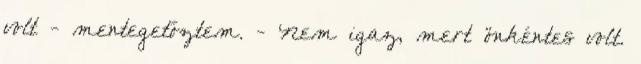
volt - mentegetőztem. - Nem igaz, mert önkéntes volt.